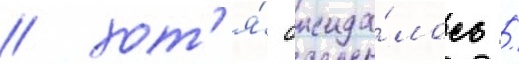
/ хот'я́ ожида́лось /